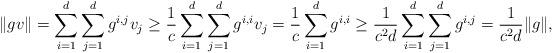
LaTeX: \begin{align*}\| gv \| = \sum_{i = 1}^d \sum_{j = 1}^d g^{i,j} v_j \geq \frac{1}{c} \sum_{i = 1}^d \sum_{j = 1}^d g^{i,i} v_j= \frac{1}{c} \sum_{i = 1}^d g^{i,i} \geq \frac{1}{c^2 d} \sum_{i = 1}^d \sum_{j = 1}^d g^{i,j} = \frac{1}{c^2 d} \|g\|, \end{align*}